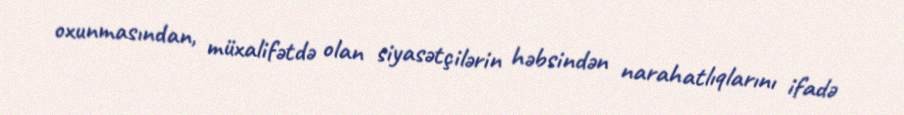
oxunmasından, müxalifətdə olan siyasətçilərin həbsindən narahatlıqlarını ifadə